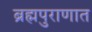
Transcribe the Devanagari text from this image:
ब्रह्मपुराणात